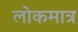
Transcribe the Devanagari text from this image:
लोकमात्र